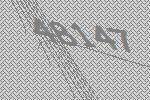
48147